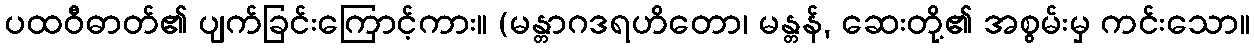
ပထဝီဓာတ်၏ ပျက်ခြင်းကြောင့်ကား။ (မန္တာဂဒရဟိတော၊ မန္တန်, ဆေးတို့၏ အစွမ်းမှ ကင်းသော။